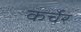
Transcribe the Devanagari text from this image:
कर्चेर